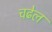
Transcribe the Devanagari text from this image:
चढेल